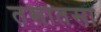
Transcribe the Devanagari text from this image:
तसातसा